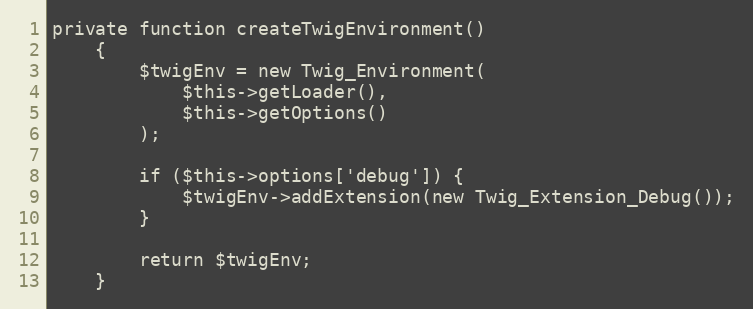
Language: PHP
private function createTwigEnvironment()
    {
        $twigEnv = new Twig_Environment(
            $this->getLoader(),
            $this->getOptions()
        );

        if ($this->options['debug']) {
            $twigEnv->addExtension(new Twig_Extension_Debug());
        }

        return $twigEnv;
    }